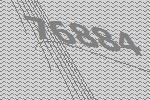
76884